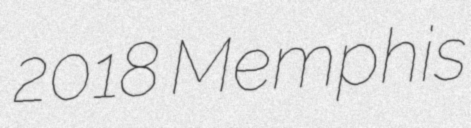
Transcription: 2018 Memphis